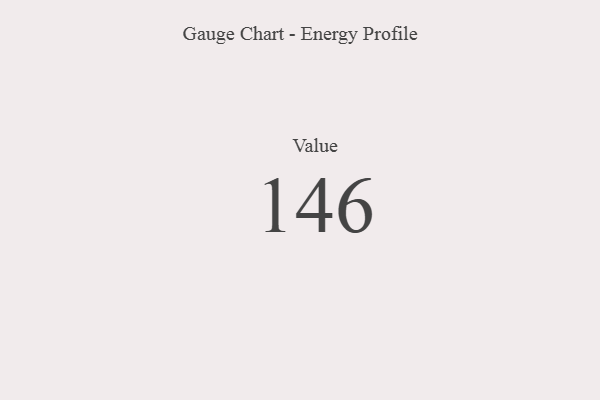
{"axis": {"x": "Metric", "y": "Value"}, "legend": [""], "data": [{"x": "Value", "y": 146, "type": ""}]}